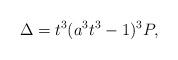
LaTeX: \begin{align*}\Delta = t^3 (a^3t^3 -1)^3 P,\end{align*}